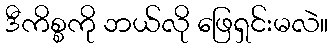
ဒီကိစ္စကို ဘယ်လို ဖြေရှင်းမလဲ။